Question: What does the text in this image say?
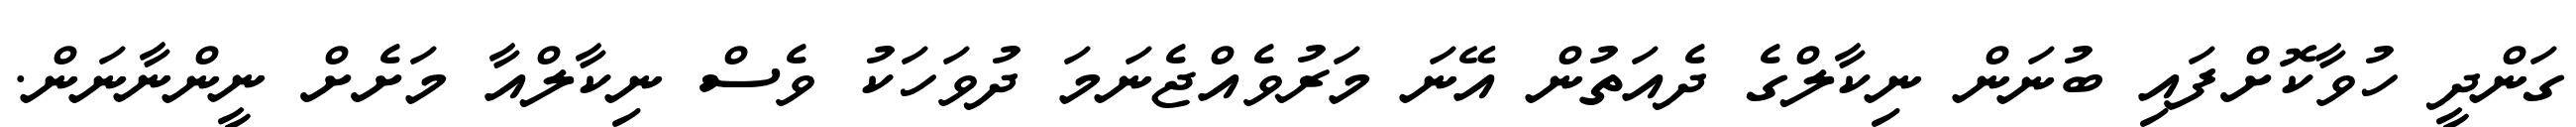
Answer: ގަންދީ ހުވާކޮށްފައި ބުނަން ނިކާލްގެ ދެއަތުން އޭނަ މަރުވެއްޖެނަމަ ދުވަހަކު ވެސް ނިކާލްއާ މަށެށް ނީންނާނަން.